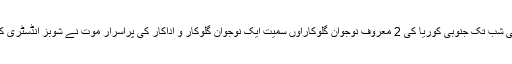
اکتوبر کے وسط سے 2 دسمبر کی شب تک جنوبی کوریا کی 2 معروف نوجوان گلوکاراؤں سمیت ایک نوجوان گلوکار و اداکار کی پراسرار موت نے شوبز انڈسٹری کی بھیانک تصویر کو عیاں کردیا۔